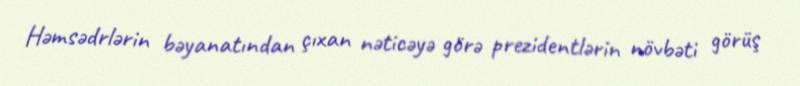
Həmsədrlərin bəyanatından çıxan nəticəyə görə prezidentlərin növbəti görüş